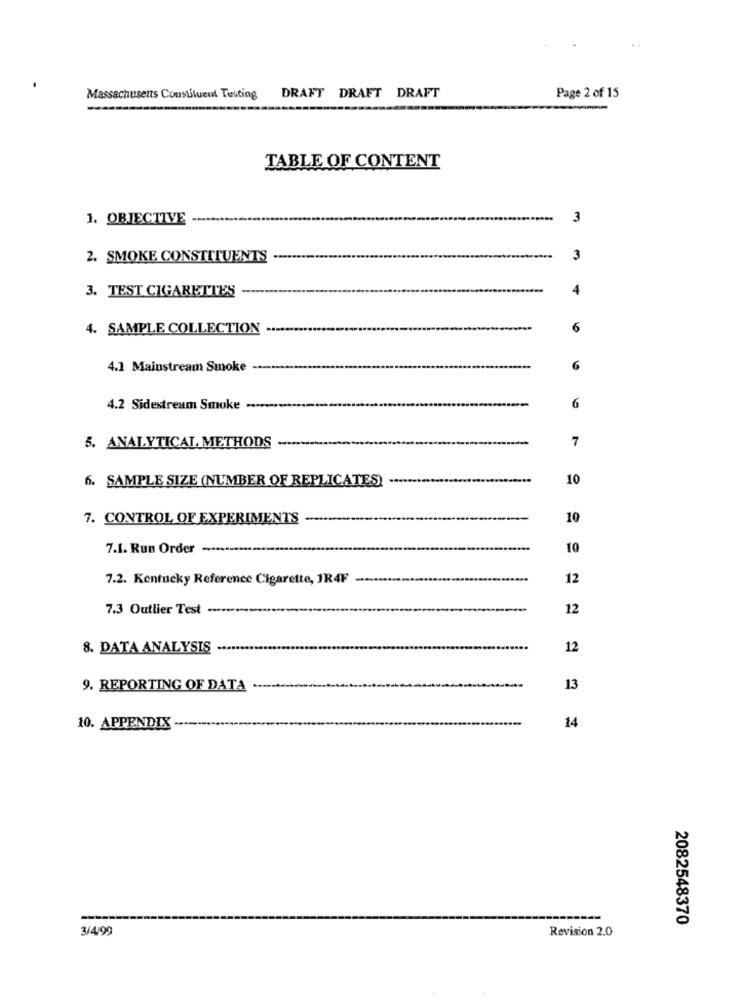
Massachusetts Constituent Testing
DRAFT DRAFT DRAFT
Page 2 of 15
TABLE OF CONTENT
1. OBJECTIVE
3
2. SMOKE CONSTITUENTS
3
3. TEST CIGARETTES
4. SAMPLE COLLECTION
6
4.1 Mainstream Smoke
4.2 Sidestream Smoke .....-
6
7
5. ANALYTICAL METHODS
6. SAMPLE SIZE (NUMBER OF REPLICATES)
-
10
7. CONTROL OF EXPERIMENTS
10
7.1. Run Order
10
7.2. Kentucky Reference Cigarette, 1R4F
12
7.3 Outlier Test
12
8. DATA ANALYSIS
12
9. REPORTING OF DATA
13
10. APPENDIX
14
2082548370
3/4/99
Revision 2.0